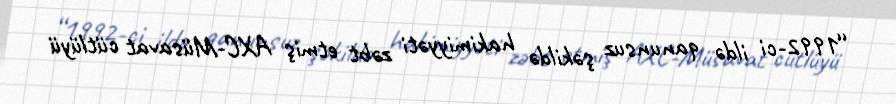
“1992-ci ildə qanunsuz şəkildə hakimiyyəti zəbt etmiş AXC-Müsavat cütlüyü